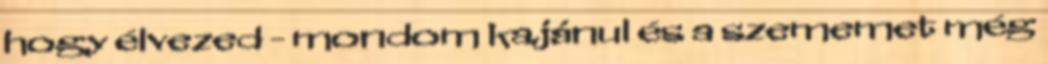
hogy élvezed - mondom kajánul és a szememet még